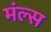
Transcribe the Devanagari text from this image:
मंल्स